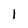
Character: 1